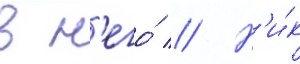
в н'его́ // Н'и́к